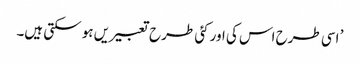
’ اسی طرح اس کی اور کئی طرح تعبیریں ہو سکتی ہیں۔